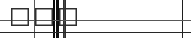
١٠٧